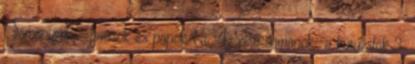
Sámánizmus—javasok és papok 1. Az első sámánok—a kuruzslók 3.